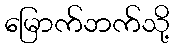
မြောက်ဘက်သို့